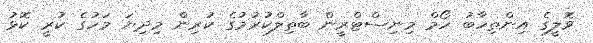
ވޮލީގެ އިންތިހާބު ހޯމް މިނިސްޓްރީން ބާތިލްކުރުމުގެ ކުރިން މިދިޔަ މަހުގެ ކުރީ ކޮޅު